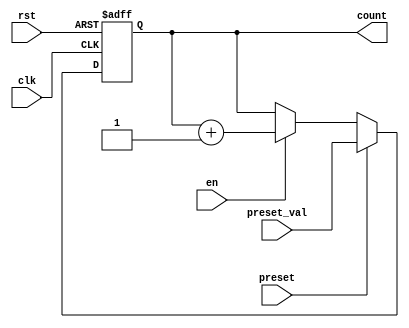
module presettable_counter #(
    parameter WIDTH = 8 // Define the width of the counter
)(
    input wire clk,                // Clock signal
    input wire rst,                // Asynchronous reset signal
    input wire preset,             // Preset control signal
    input wire [WIDTH-1:0] preset_val, // Value to load into the counter
    input wire en,                 // Enable signal for counting
    output reg [WIDTH-1:0] count   // Current count value
);

// Asynchronous reset and preset logic
always @(posedge clk or posedge rst) begin
    if (rst) begin
        count <= 0; // Reset the counter to zero
    end else if (preset) begin
        count <= preset_val; // Load the preset value
    end else if (en) begin
        count <= count + 1; // Increment the counter
    end
end

endmodule